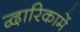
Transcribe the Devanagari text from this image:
द्वारिकामें